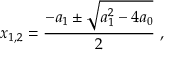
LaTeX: x _ { 1 , 2 } = \frac { - a _ { 1 } \pm \sqrt { a _ { 1 } ^ { 2 } - 4 a _ { 0 } } } { 2 } ~ , \nonumber